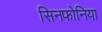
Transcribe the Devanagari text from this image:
सिनफोनिया